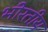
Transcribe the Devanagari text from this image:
भीरतीय